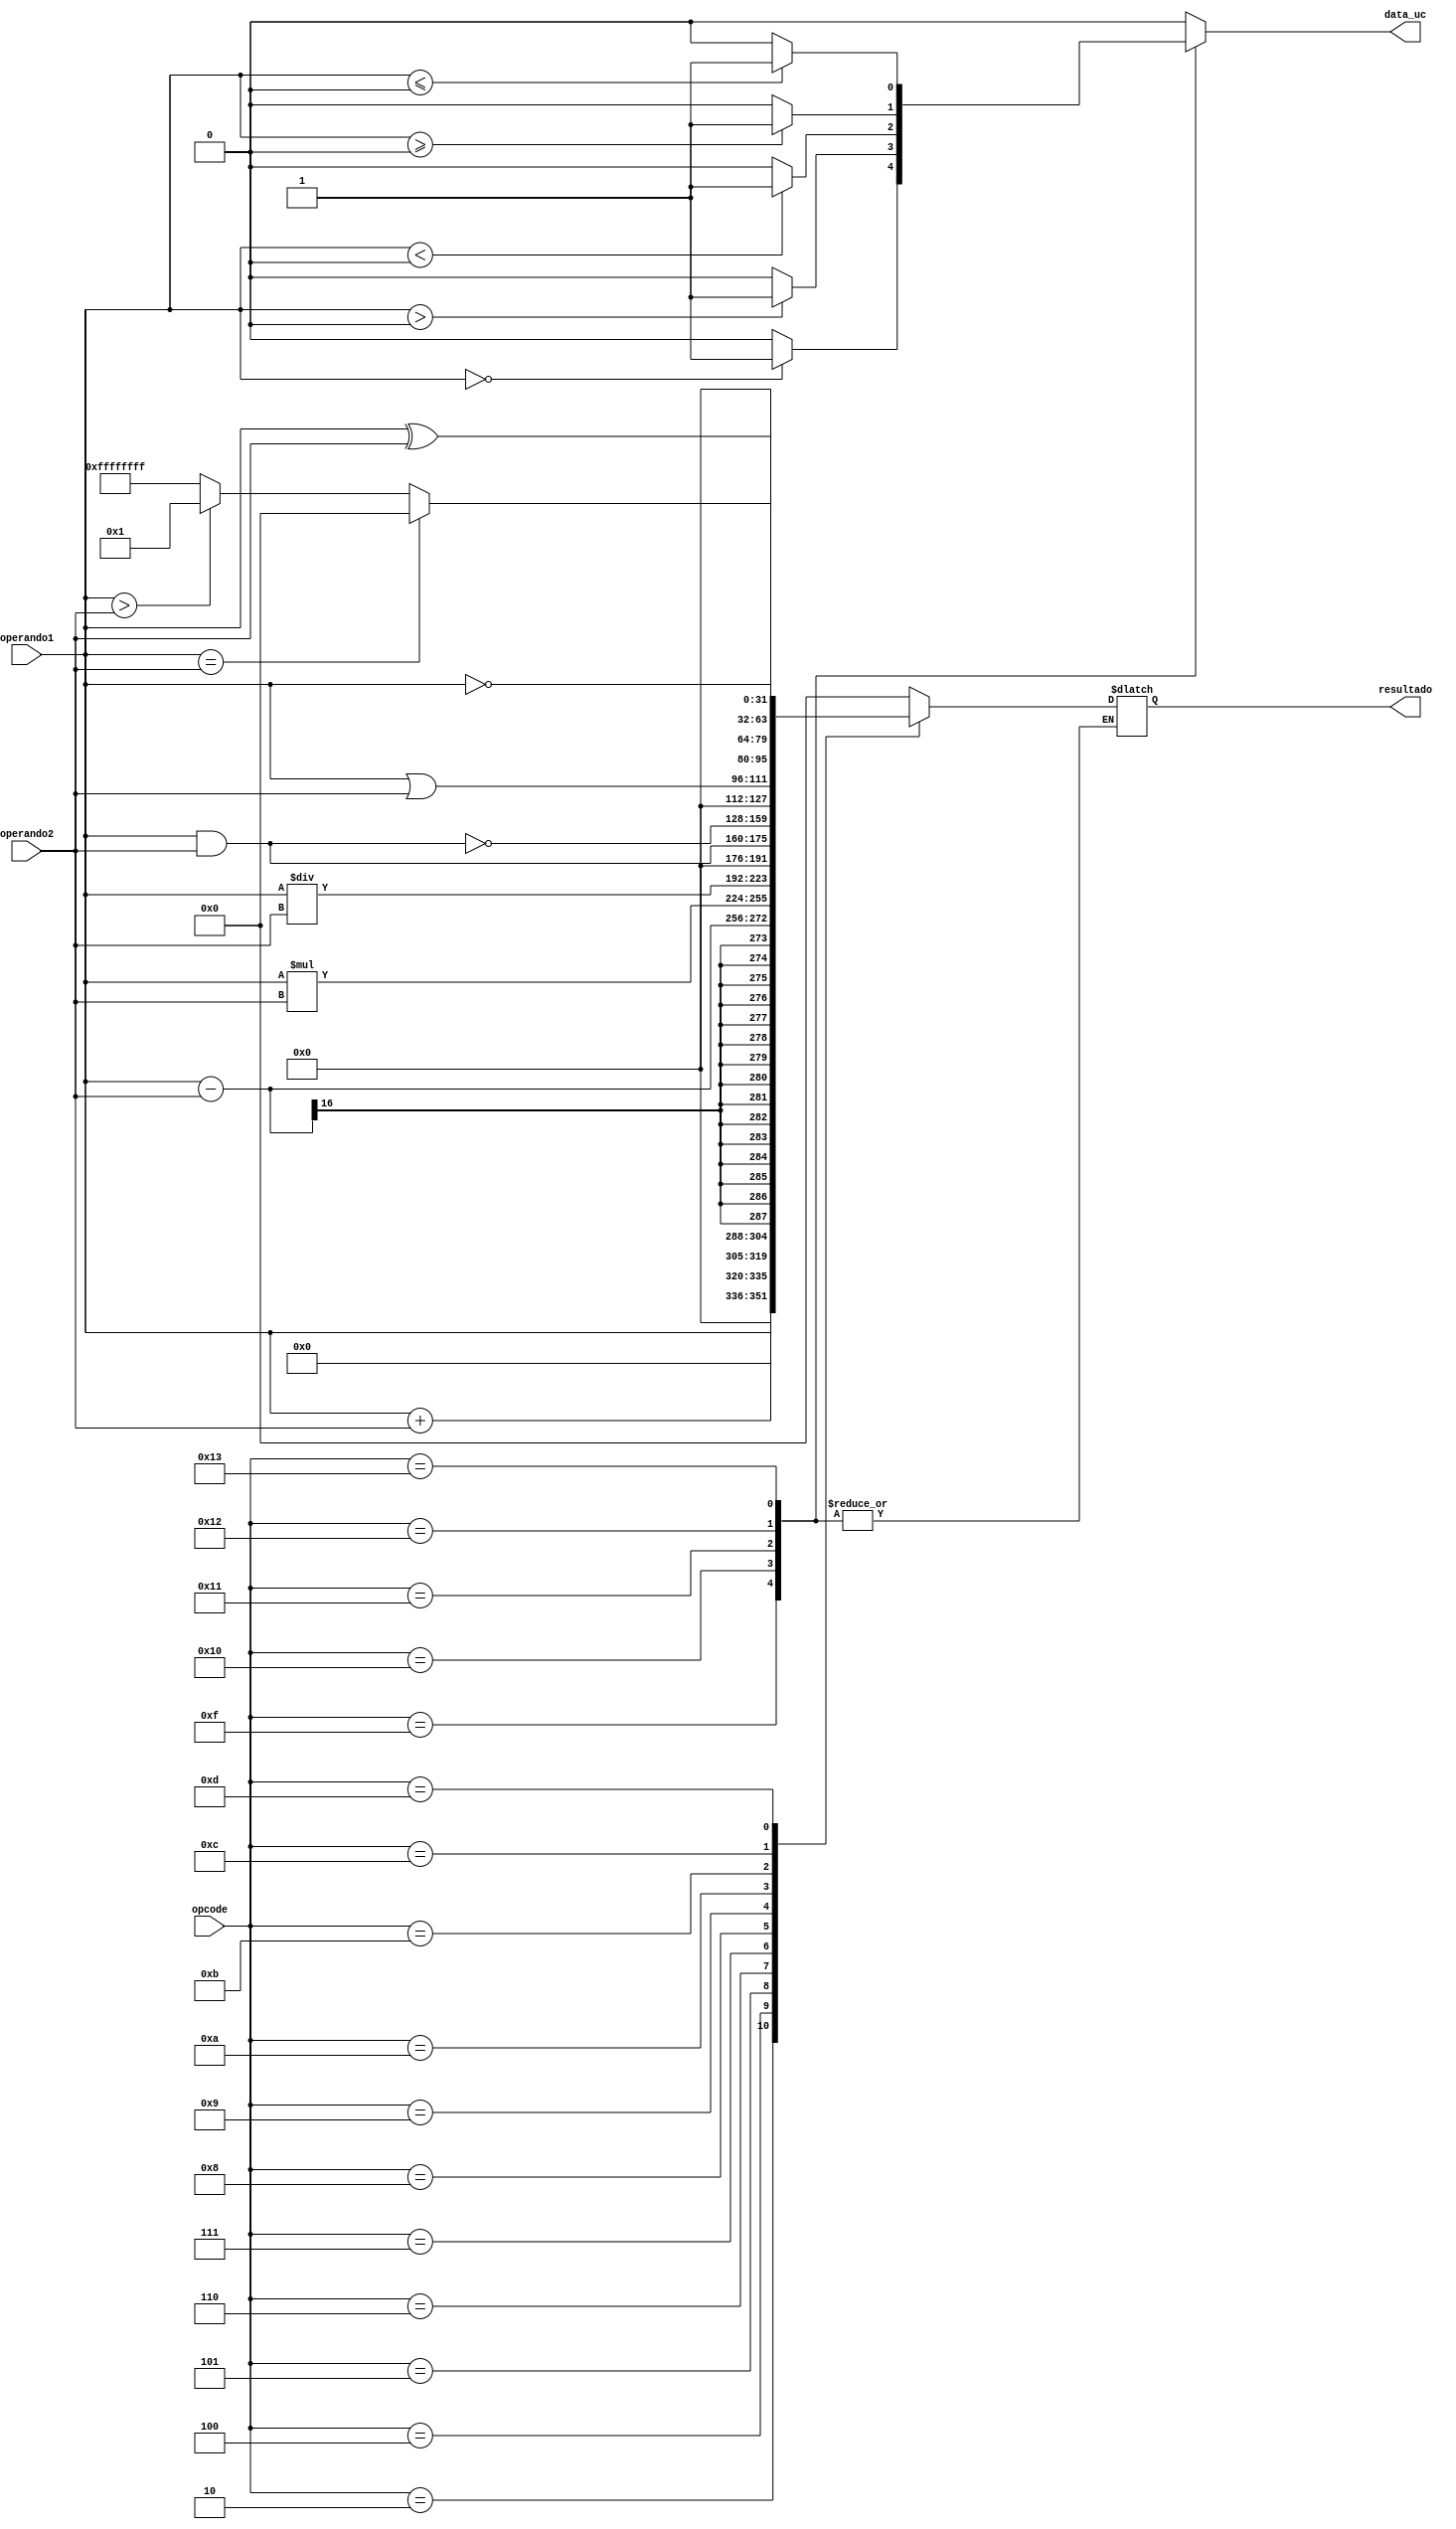
module ULA( operando1, operando2, opcode, resultado, data_uc );


input [15:0] operando1;
input [15:0] operando2;
input [4:0] opcode;

output [31:0] resultado;
output reg data_uc;

parameter	Push = 5'b00010,
				Add = 5'b00100,
				Sub = 5'b00101,
				Mul = 5'b00110,
				Div = 5'b00111,
				And = 5'b01000,
				Nand = 5'b01001,
				Or = 5'b01010,
				Xor = 5'b01011,
				Cmp = 5'b01100,
				Not = 5'b01101,
				If_eq = 5'b01111,
				If_gt = 5'b10000,
				If_lt = 5'b10001,
				If_ge = 5'b10010,
				If_le = 5'b10011;


reg [31:0] resultado;


always@(operando1 or operando2 or opcode)
begin
	data_uc = 0;
	case (opcode)
		
		Push:
			resultado = operando1;
		Add:
			resultado = operando1 + operando2;
		Sub:
			resultado = operando1 - operando2;
		Mul:
			resultado = operando1 * operando2;  
		Div:
			resultado = operando1 / operando2;
		And:
			resultado = operando1 & operando2; 
		Nand:
			resultado = ~(operando1 & operando2); 
		Or:
			resultado = operando1 | operando2;
		Xor:
			resultado = operando1 ^ operando2;
		Cmp:
			if (operando1 == operando2) begin
				resultado = 0;
			end else if (operando1 > operando2) begin
				resultado = 1;
			end else begin
				resultado = -1;
			end
		Not:
			resultado = ~operando1;
		If_eq:
			if (operando1[15:0] == 0)begin
				data_uc = 1;
			end	
		If_gt:
			if (operando1[15:0] > 0)begin
				data_uc = 1;
			end
		If_lt:
			if (operando1[15:0] < 0)begin
				data_uc = 1;
			end
		If_ge:
			if (operando1[15:0] >= 0)begin
				data_uc = 1;
			end
		If_le:
			if (operando1[15:0] <= 0)begin
				data_uc = 1;
			end
		default:
			resultado = 0;
	endcase
end

endmodule